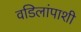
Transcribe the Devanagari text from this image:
वडिलांपाशी